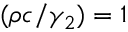
( \rho c / \gamma _ { 2 } ) = 1